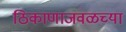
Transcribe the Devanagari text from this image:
ठिकाणाजवळच्या